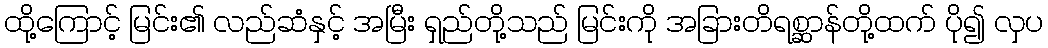
ထို့ကြောင့် မြင်း၏ လည်ဆံနှင့် အမြီး ရှည်တို့သည် မြင်းကို အခြားတိရစ္ဆာန်တို့ထက် ပို၍ လှပ